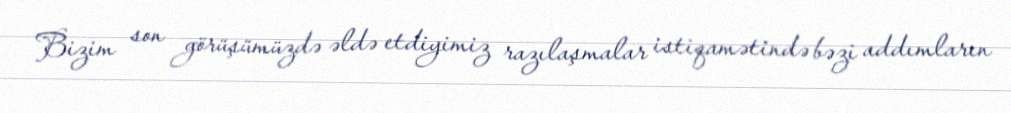
Bizim son görüşümüzdə əldə etdiyimiz razılaşmalar istiqamətində bəzi addımların